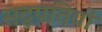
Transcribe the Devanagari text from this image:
सद्पतियों